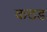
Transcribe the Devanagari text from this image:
कठड